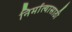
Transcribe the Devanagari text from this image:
निर्मात्यासाठी